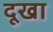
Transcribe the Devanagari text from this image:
दूखा